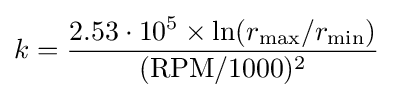
k={\frac {2.53\cdot 10^{5}\times \ln(r_{\rm {max}}/r_{\rm {min}})}{({\rm {{RPM}/1000)^{2}}}}}